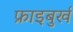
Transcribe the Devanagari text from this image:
फ्राइबुर्ख